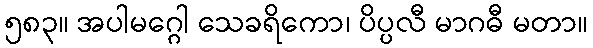
၅၈၃။ အပါမဂ္ဂေါ သေခရိကော၊ ပိပ္ပလီ မာဂဓီ မတာ။